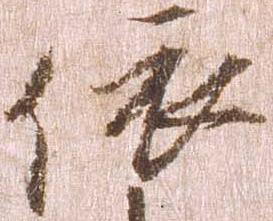
依